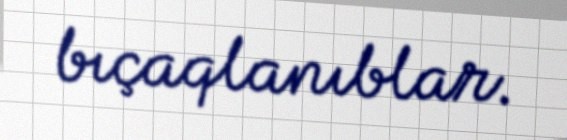
bıçaqlanıblar.